DOW-UAP-D32, Mission Report, Syria, October 2024
Agency: Department of War
Incident date: 10/20/24
Incident location: Syria
Page 7
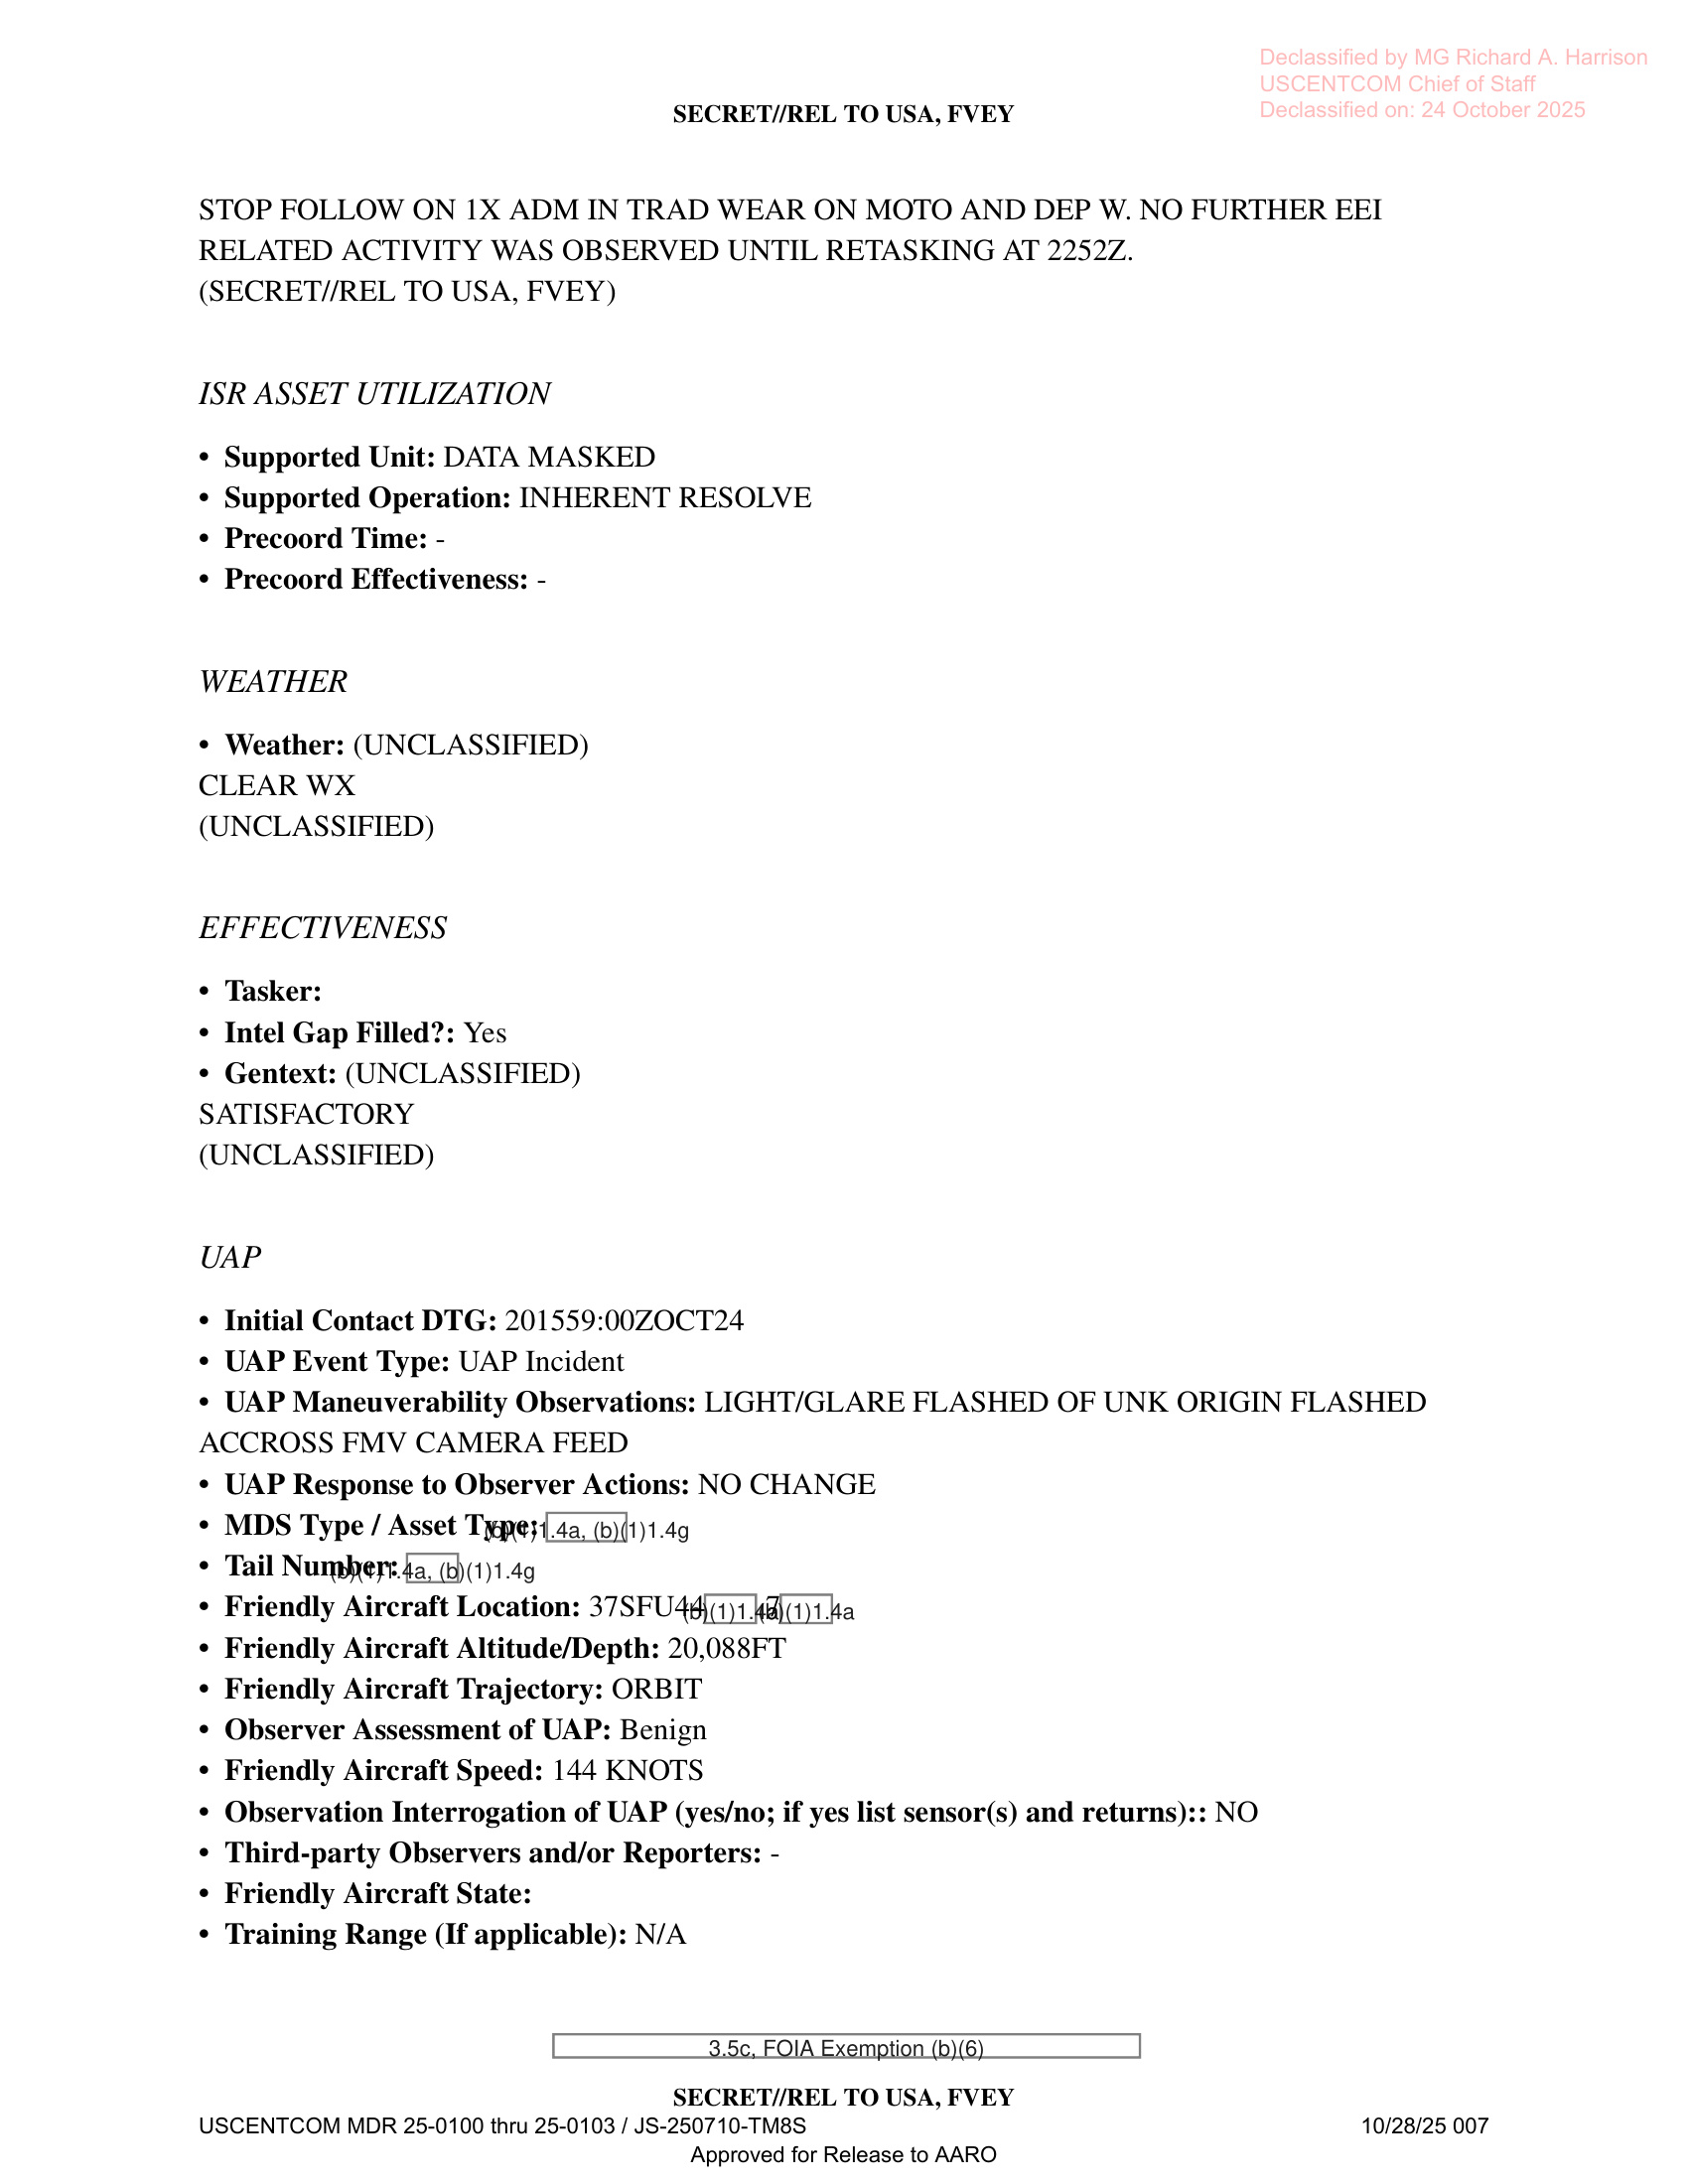